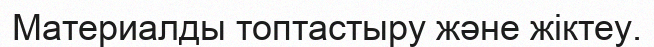
Материалды топтастыру және жіктеу.